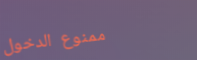
ممنوع الدخول